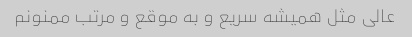
عالی مثل همیشه سریع و به موقع و مرتب ممنونم